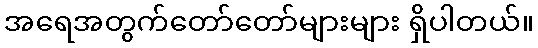
အရေအတွက်တော်တော်များများ ရှိပါတယ်။